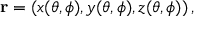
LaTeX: \mathbf { r } = ( x ( \theta , \phi ) , y ( \theta , \phi ) , z ( \theta , \phi ) ) \, ,